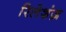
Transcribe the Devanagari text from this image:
रिलेशंज़